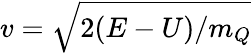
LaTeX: v=\sqrt{2(E-U)/m_{Q}}